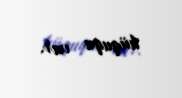
hüququ var.